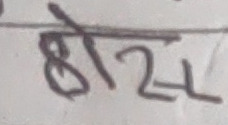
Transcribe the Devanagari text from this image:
होस